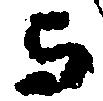
与